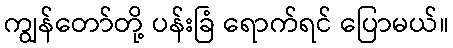
ကျွန်တော်တို့ ပန်းခြံ ရောက်ရင် ပြောမယ်။